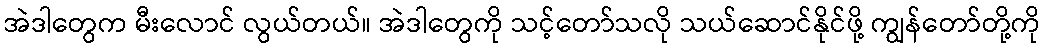
အဲဒါတွေက မီးလောင် လွယ်တယ်။ အဲဒါတွေကို သင့်တော်သလို သယ်ဆောင်နိုင်ဖို့ ကျွန်တော်တို့ကို